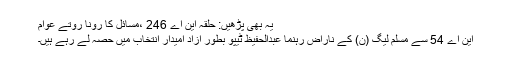
یہ بھی پڑھیں: حلقہ این اے 246 ،مسائل کا رونا روتے عوام
این اے 54 سے مسلم لیگ (ن) کے ناراض رہنما عبدالحفیظ ٹیپو بطور آزاد امیدار انتخاب میں حصہ لے رہے ہیں۔